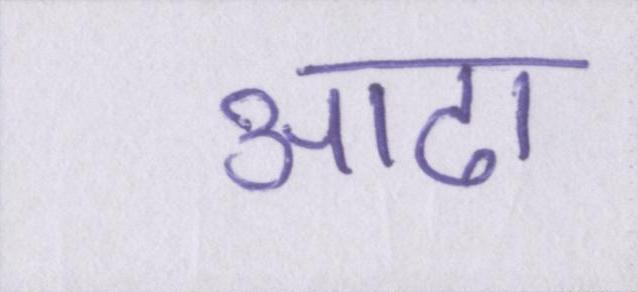
आढा